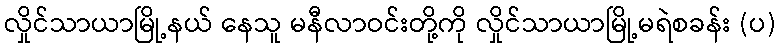
လှိုင်သာယာမြို့နယ် နေသူ မနီလာဝင်းတို့ကို လှိုင်သာယာမြို့မရဲစခန်း (ပ)